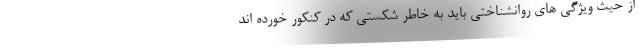
از حیث ویژگی های روانشناختی باید به خاطر شکستی که در کنکور خورده اند